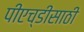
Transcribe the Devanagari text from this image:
पीएच्‌डीसाठी